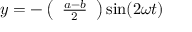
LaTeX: y = - \left( { \begin{array} { l } { { \frac { a - b } { 2 } } } \end{array} } \right) \sin ( 2 \omega t )